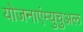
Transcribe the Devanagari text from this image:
योजनाएंम्युचुअल